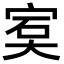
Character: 𡨮